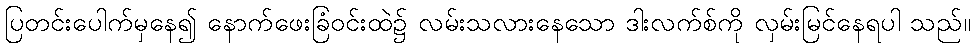
ပြတင်းပေါက်မှနေ၍ နောက်ဖေးခြံဝင်းထဲ၌ လမ်းသလားနေသော ဒါးလက်စ်ကို လှမ်းမြင်နေရပါ သည်။